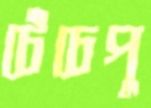
চেঁচেপু